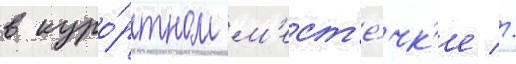
в куро́ртном м'ест'е́чк'е //